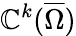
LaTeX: \mathbb{C}^{k}(\overline{{{\Omega}}})